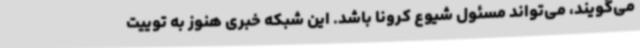
می‌گویند، می‌تواند مسئول شیوع کرونا باشد. این شبکه خبری هنوز به توییت